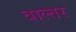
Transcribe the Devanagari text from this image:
वाल्तर